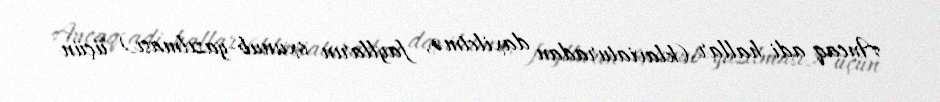
Ancaq adi hallar (klaviaturadan daxiletmə, faylların oxunub-yazılması) üçün